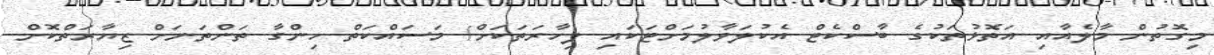
މިގޮތުން މާލެއާއި އަތޮޅުތަކުގެ ބާސްކެޓް އެކުލަވާލުމަށްޓަކައި ފިހާރަތަކަށް/ މަސައްކަތް ހިންގާ ތަންތަނަށް ޒިޔާރަތްކޮށް